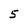
Character: 5